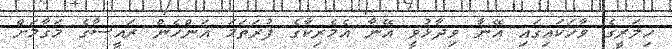
ހިލަރީގެ ވާހަކައިގައި އޭނާ ވިދާޅުވީ އޭނާ އެމެރިކާގެ ފުރަތަމަ އަންހެން ރައީސާގެ މަގާމަށް